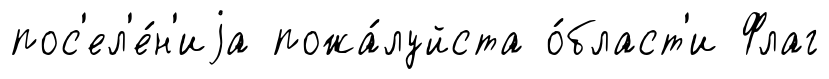
пос'ел'е́н'иjа пожа́луйста о́бласт'и Флаг